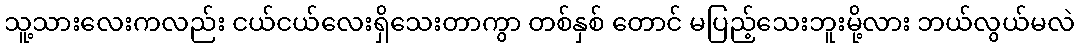
သူ့သားလေးကလည်း ငယ်ငယ်လေးရှိသေးတာကွာ တစ်နှစ် တောင် မပြည့်သေးဘူးမို့လား ဘယ်လွယ်မလဲ